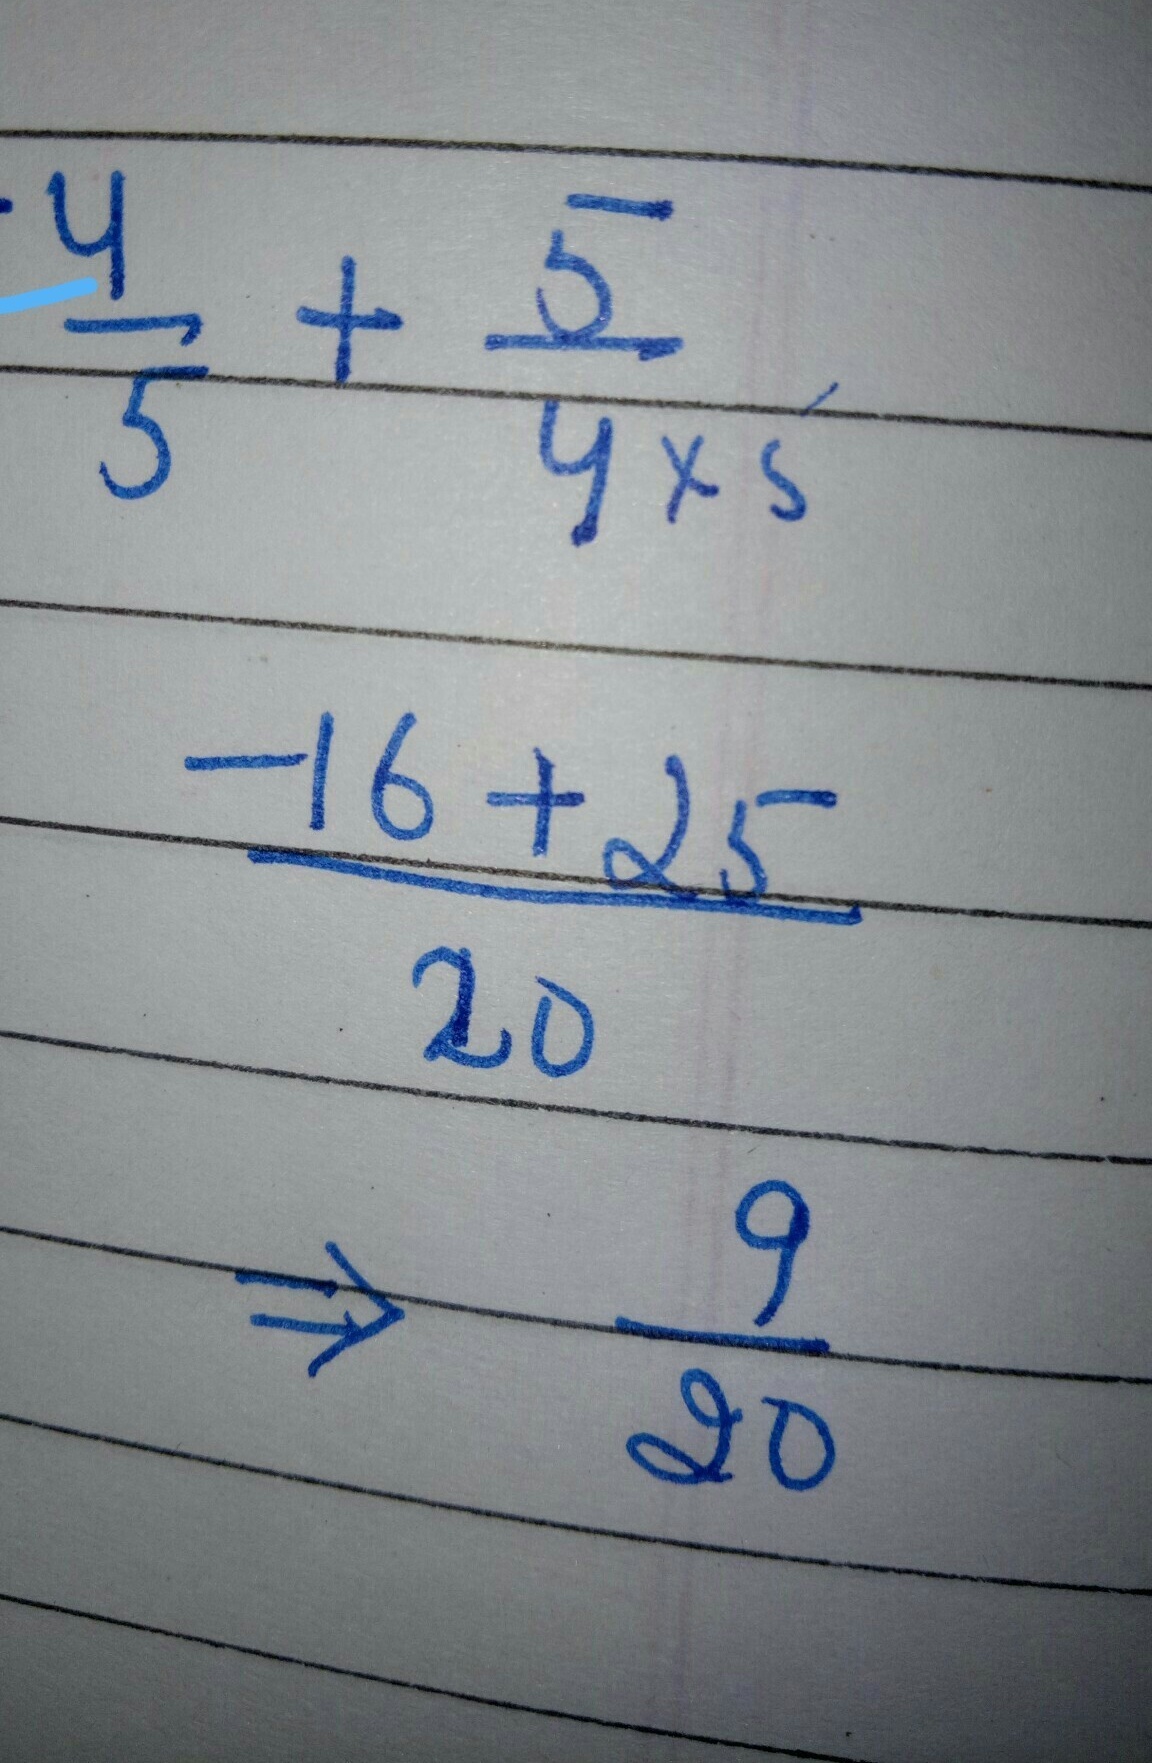
\[
\begin{align*}
&\frac{4}{5}+\frac{5}{4\times5}\\
=&\frac{-16 + 25}{20}\\
=&\frac{9}{20}
\end{align*}
\]